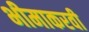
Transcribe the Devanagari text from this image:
भीमाकरवी